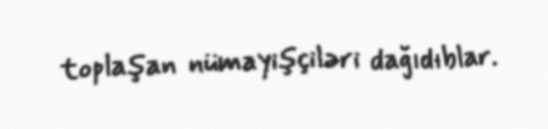
toplaşan nümayişçiləri dağıdıblar.